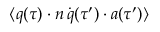
\langle q ( \tau ) \cdot n \, \dot { q } ( \tau ^ { \prime } ) \cdot a ( \tau ^ { \prime } ) \rangle